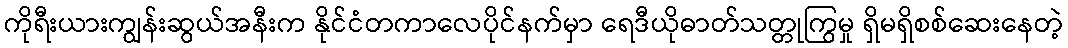
ကိုရီးယားကျွန်းဆွယ်အနီးက နိုင်ငံတကာလေပိုင်နက်မှာ ရေဒီယိုဓာတ်သတ္တုကြွမှု ရှိမရှိစစ်ဆေးနေတဲ့